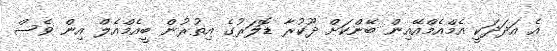
އެ އަދަދަކީ އެމްއެމްއޭއިން ބޭންކަށް ދޫކުރާ ޑޮލަރުގެ އިތުރުން ބީއެމްއެލް އިން ވެސް